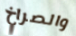
والصراخ